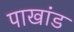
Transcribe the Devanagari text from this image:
पाखांड